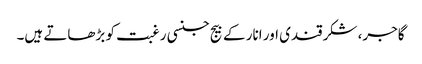
گاجر، شکرقندی اور انار کے بیج جنسی رغبت کو بڑھاتے ہیں۔